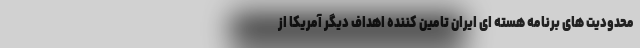
محدودیت های برنامه هسته ای ایران تامین کننده اهداف دیگر آمریکا از